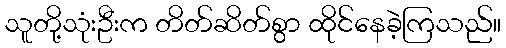
သူတို့သုံးဦးက တိတ်ဆိတ်စွာ ထိုင်နေခဲ့ကြသည်။